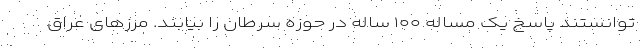
توانستند پاسخ یک مساله ۱۰۰ ساله در حوزه سرطان را بیابند. مرزهای عراق